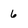
Character: 6